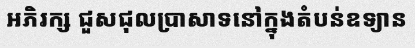
អភិរក្ស ជួសជុលប្រាសាទនៅក្នុងតំបន់ឧទ្យាន